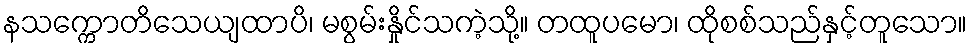
နသက္ကောတိသေယျထာပိ၊ မစွမ်းနှိုင်သကဲ့သို့။ တထူပမော၊ ထိုစစ်သည်နှင့်တူသော။